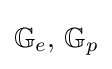
\mathbb {G} _{e},\,\mathbb {G} _{p}